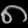
Digit: ၈